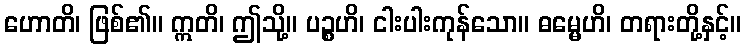
ဟောတိ၊ ဖြစ်၏။ ဣတိ၊ ဤသို့။ ပဉ္စဟိ၊ ငါးပါးကုန်သော။ ဓမ္မေဟိ၊ တရားတို့နှင့်။